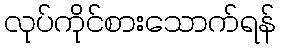
လုပ်ကိုင်စားသောက်ရန်